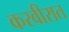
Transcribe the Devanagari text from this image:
करवीरात